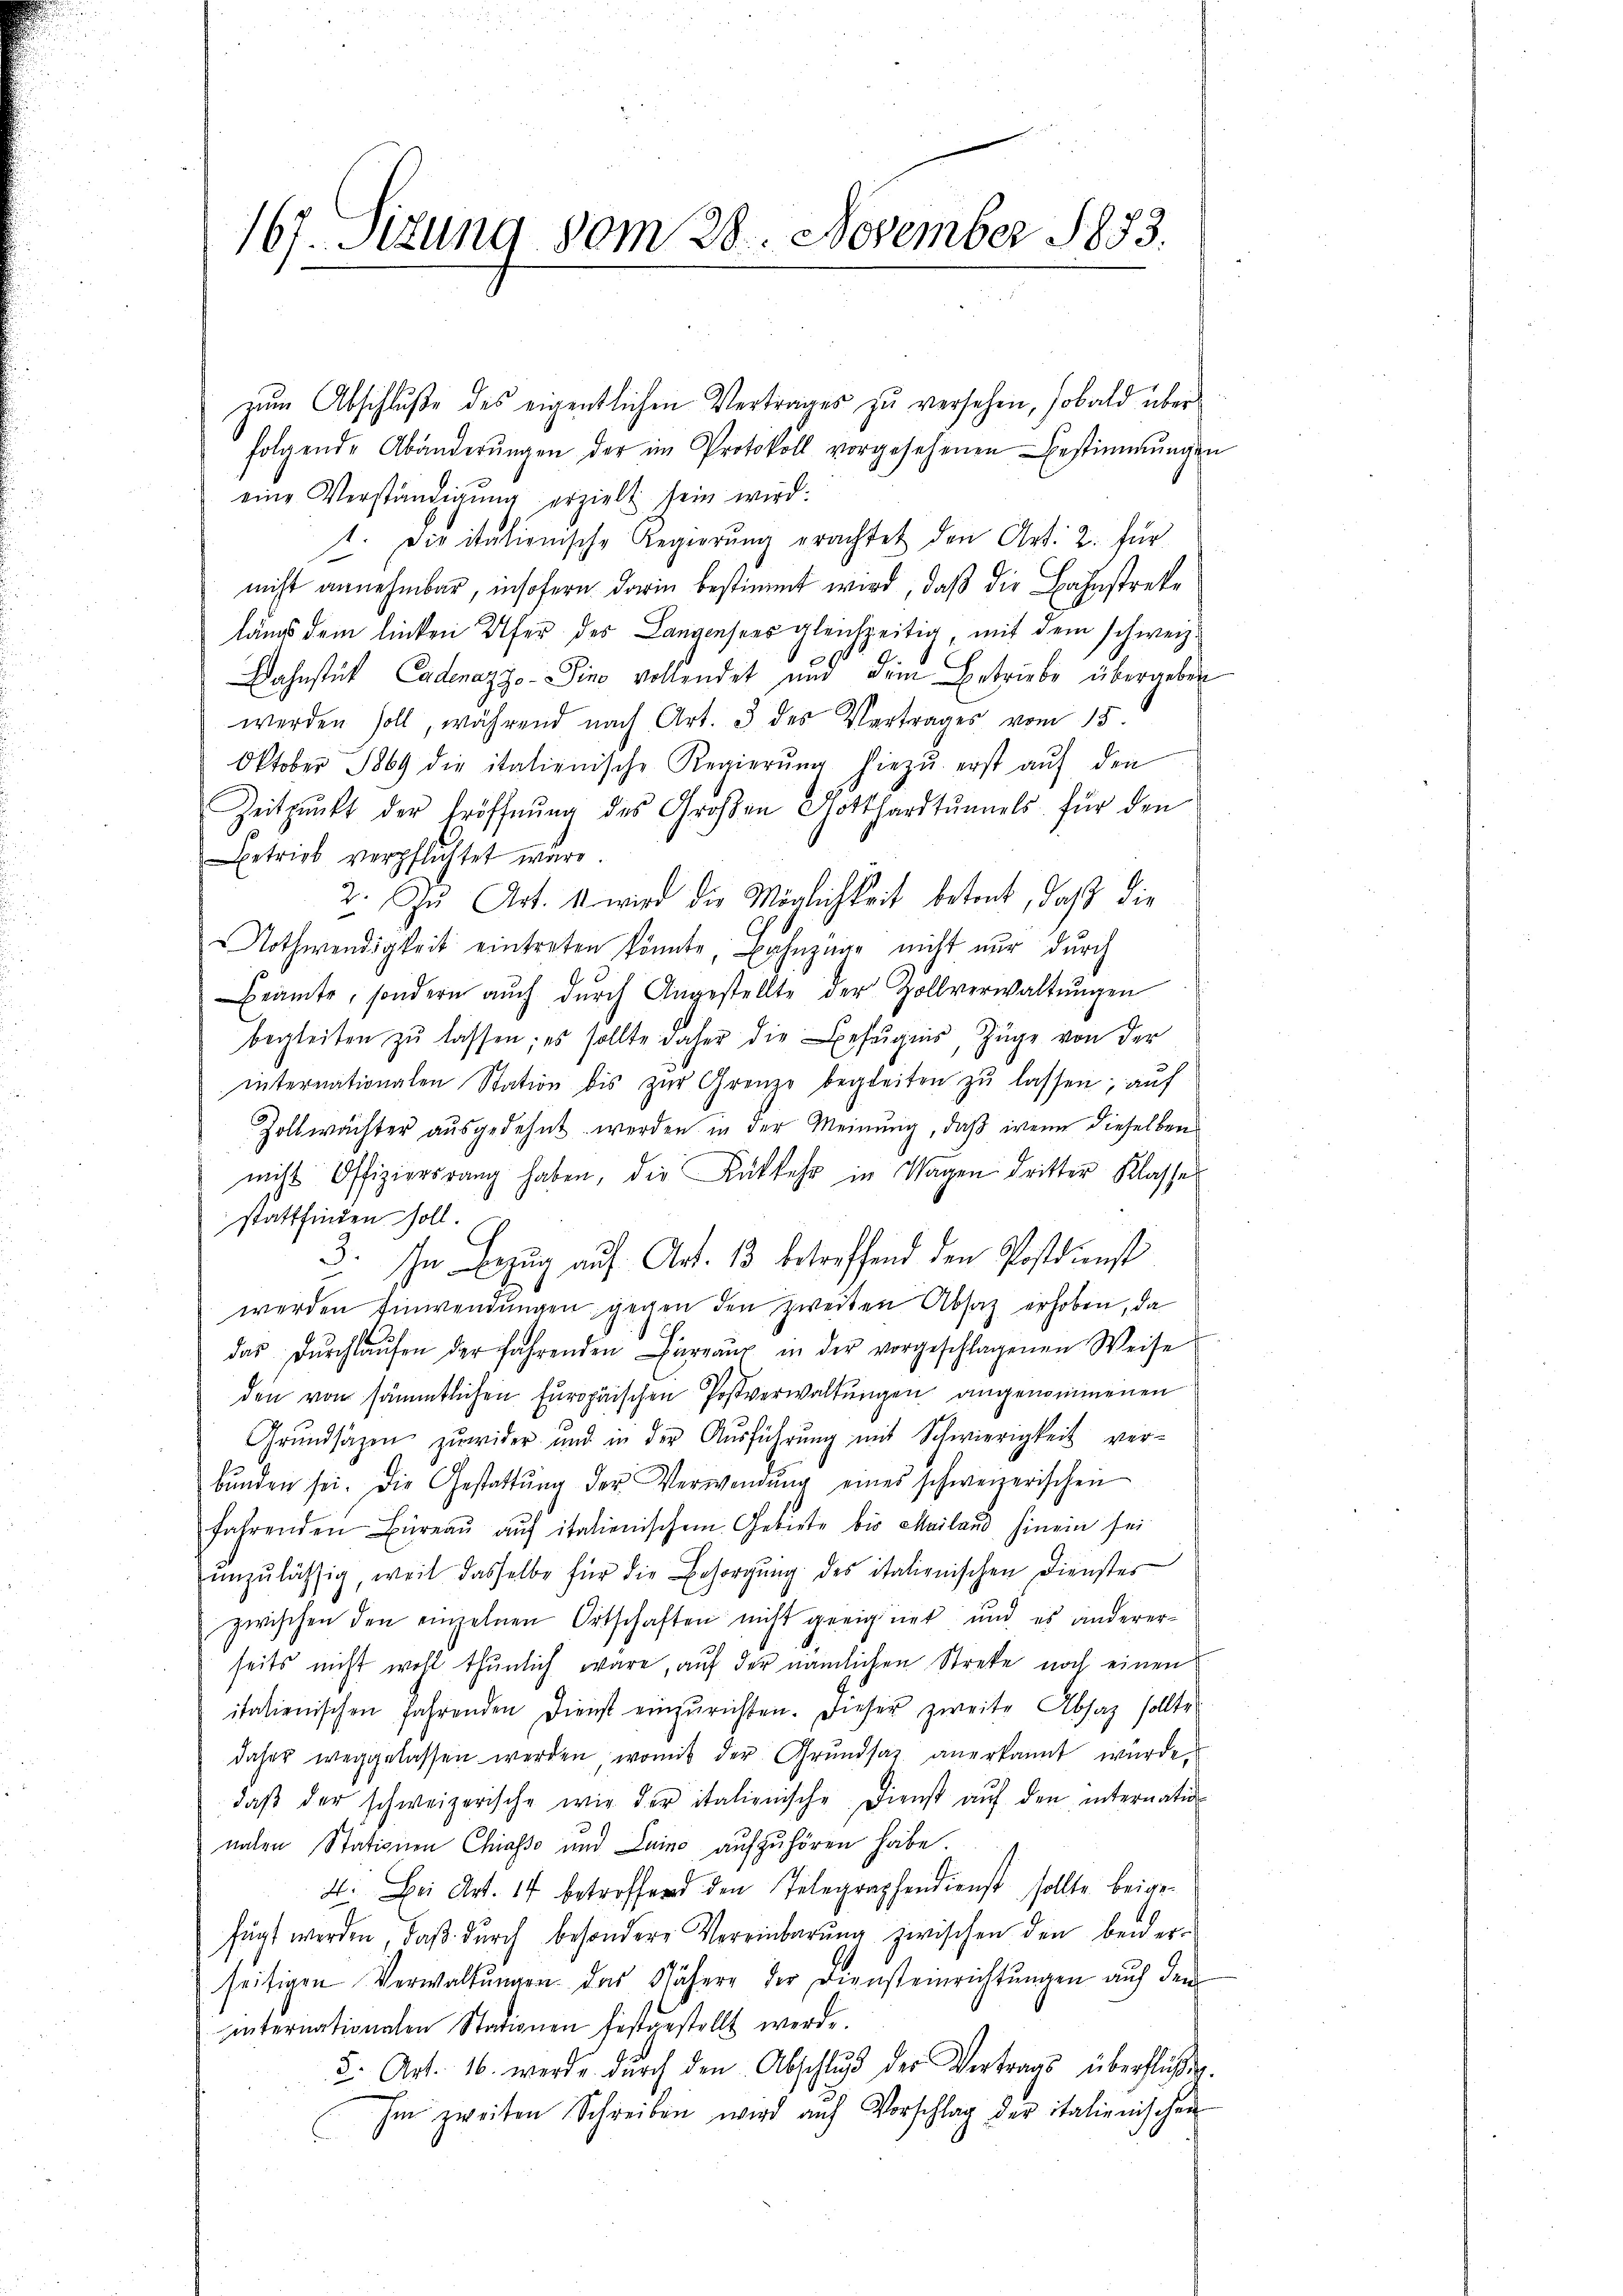
167. Stzung vom 28. November 1883.

zŭm Abschluße des eigentlichen Vertrages zu versehen, sobald überfolgende Abänderŭngen der im Protokoll vorgesehenen Bestimmungen
eine Verständigung erzielt sein wird:
1. Die italienische Regierŭng erachtet den Art. 2. für
nicht annehmbar, insofern darin bestimmt wird, daß die Bahnstreke
längs dem linken Ufer des Langensees gleichzeitig, mit dem schweiz.
Dahnstük Cadenazzo-ino vollendet und dem Betriebe übergeben
werden soll, während nach Art. 3 des Vertrages vom 15.
Oktober 1869 die italienische Regierŭng hiezŭ erst aŭf den
Zeitpunkt der Eröffnŭng des Großen Gotthardtŭnels für den
Betrieb verpflichtet wäre.
2. Zu Art. 11 wird die Möglichkeit betont, daß die
NNothwendigkeit eintreten könnte Bahnzung nicht nur durch
Beamte, sondern aŭch dŭrch Angestellte der Zollverwaltŭngen
begleiten zŭ lassen; es sollte daher die befugnis, Züge von der
internationalen Station bis zŭr Grenze begleiten zŭ lassen; auf
Zollwächter aŭsgedehnt werden in der Meinŭng, daβ wenn dieselben
nicht Offiziersrang haben, die Rükkehr in Wagen dritter Klasser
stattfinden soll.
3. In Bezug auf Art. 13 betreffend den Postdienst
werden Einwendungen gegen den zweiten Absatz erhoben, da
das dŭrchlaŭfen der fahrenden Büreaŭ in der vorgeschlagenen Weise
den von sämmtlichen Europäischen Postverwaltungen angenommenen
Grundsazen zuwider und in der Aŭsführŭng mit Schwierigkeit ver-
bŭnden sei. Die Gestattŭng der Verwendŭng eines schweizerischen
fahrenden Büreaŭ aŭf italienischem Gebiete bis Mailand hinein sei
unzulässig, weil dasselbe für die Besorgung des italienischen Dienstes
zwischen den einzelnen Ortschaften nicht geeignet und es anderer
seits nicht wohl thunlich wäre, auf der nämlichen Streke noch einen
italienischen Jahrenden Dienst einzurichten. Dieser zweite Absatz sollte
daher weggelassen werden, womit der Grŭndsaz anerkannt wurde.
daβ der schweizerische wir der italienische Dienst aŭf den internation
naten Stationen Chiasso und Luino aufzuhören habe.
4. Bei Art. 14 betroffend den Telegraphendienst sollte beigefügt werden, daß durch besondere Vereinbarung zwischen den beiderseitigen Verwaltungen das Nähere der Diensteinrichtungen auf den
internationalen Stationen festgestellt werde.
2. Art. 16. werde dŭrch den Abschlŭβ des Vertrags überflichen
Im zweiten Schreiben wird auf Vorschlag der italienischen

e